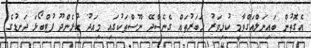
އެގޮތުން ބައިނަލްއަގްވާމީ ކުޅިވަރު ހަބަރުތައް ގެނެސްދޭ ނޫސްތަކުގައި މިއަދު ކުރެންދޫ ފުޓްބޯޅަ ދަނޑުގެ